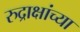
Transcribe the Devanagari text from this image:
रुद्राक्षांच्या